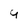
Character: 4